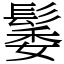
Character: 䰀